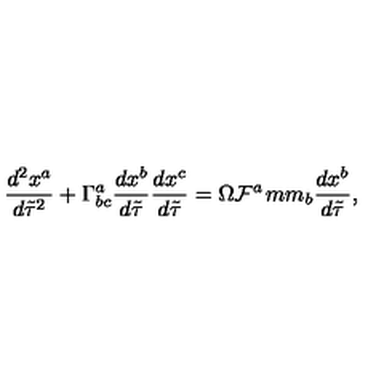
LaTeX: \frac { d ^ { 2 } x ^ { a } } { d \tilde { \tau } ^ { 2 } } + \Gamma _ { b c } ^ { a } \frac { d x ^ { b } } { d \tilde { \tau } } \frac { d x ^ { c } } { d \tilde { \tau } } = \Omega { \cal F } ^ { a } \hspace * { 1 m m } _ { b } \frac { d x ^ { b } } { d \tilde { \tau } } ,